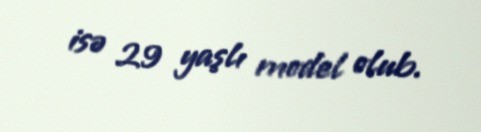
isə 29 yaşlı model olub.